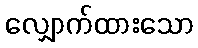
လျှောက်ထားသော